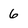
Character: 6